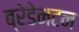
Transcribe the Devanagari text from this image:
ब्रेडेनटन